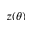
z ( \theta )